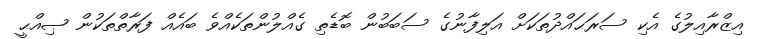
އިޒްރާއިލުގެ އެކި ސަރަޙައްދުތަކަށް އަލިފާނުގެ ސަބަބުން ބޮޑެތި ގެއްލުންތަކެއްވެ ބައެއް ފަރާތްތަކުން ޞިއްޙީ